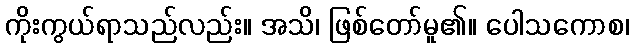
ကိုးကွယ်ရာသည်လည်း။ အသိ၊ ဖြစ်တော်မူ၏။ ပေါသကောစ၊